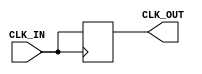
module clock_buffer (
    input wire CLK_IN,        // Clock input
    output reg CLK_OUT        // Clock output
);

// Parameter for configurable propagation delay (in time units)
parameter PROP_DELAY = 2; // Adjust this value as necessary for the design

// Hysteresis threshold for stable operation (not implemented in this basic version)
// You may add a mechanism to implement hysteresis if needed in a more complex design

// Buffering the clock signal with a delay
always @(posedge CLK_IN) begin
    // Introducing delay to mimic clock propagation
    #(PROP_DELAY) CLK_OUT <= CLK_IN; 
end

endmodule